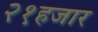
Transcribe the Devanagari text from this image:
२१हजार